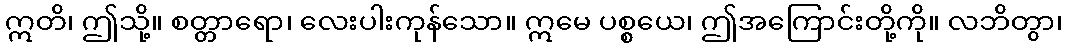
ဣတိ၊ ဤသို့။ စတ္တာရော၊ လေးပါးကုန်သော။ ဣမေ ပစ္စယေ၊ ဤအကြောင်းတို့ကို။ လဘိတွာ၊